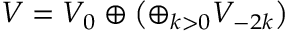
V = V _ { 0 } \oplus \left( \oplus _ { k > 0 } V _ { - 2 k } \right)